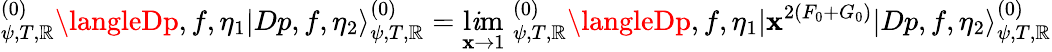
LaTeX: ^{(0)}_{\psi,T,\mathbb{R}}\langleDp,f,\eta_{1}|Dp,f,\eta_{2}\rangle_{\psi,T,\mathbb{R}}^{(0)}=\operatorname*{l\mathit{i}m}_{\mathbf{x}\to1}\; _{\psi,T,\mathbb{R}}^{(0)}\langleDp,f,\eta_{1}|\mathbf{x}^{2(F_{0}+G_{0})}|Dp,f,\eta_{2}\rangle_{\psi,T,\mathbb{R}}^{(0)}